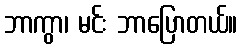
ဘာကွာ၊ မင်း ဘာပြောတယ်။